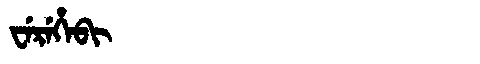
Manchu: ᠸᡝᡵᡝᡥᡝᠪᡳ
Romanization: WEREHEBI